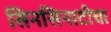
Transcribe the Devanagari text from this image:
सिनसिनाटीचा